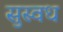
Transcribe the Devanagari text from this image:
सुस्वध